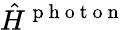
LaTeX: \hat{H}^{\mathrm{~p~h~o~t~o~n~}}